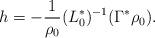
LaTeX: \begin{align*}h=-\frac{1}{\rho_0}(L_0^*)^{-1}(\Gamma^*\rho_0).\end{align*}